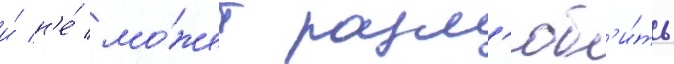
и́ н'е́ мо́жет разл'юб'и́ть